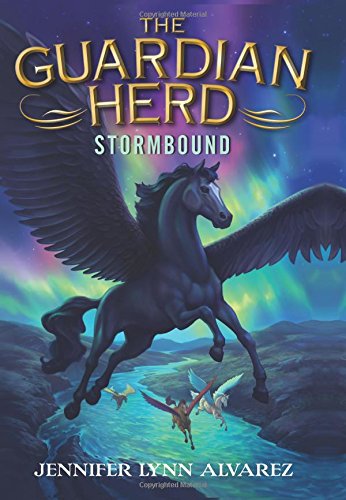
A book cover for The Guardian Herd: Stormbound; Jennifer Lynn Alvarez; Children's Books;